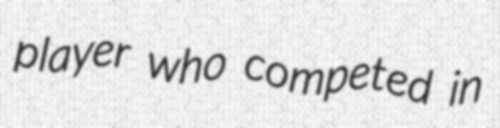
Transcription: player who competed in